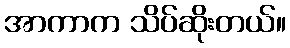
အာကာက သိပ်ဆိုးတယ်။